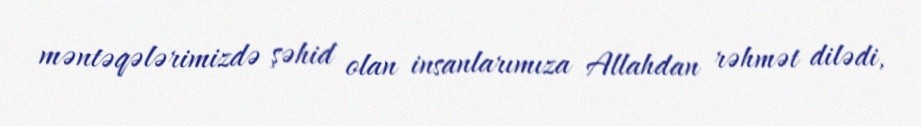
məntəqələrimizdə şəhid olan insanlarımıza Allahdan rəhmət dilədi,